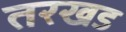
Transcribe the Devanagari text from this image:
तरखड